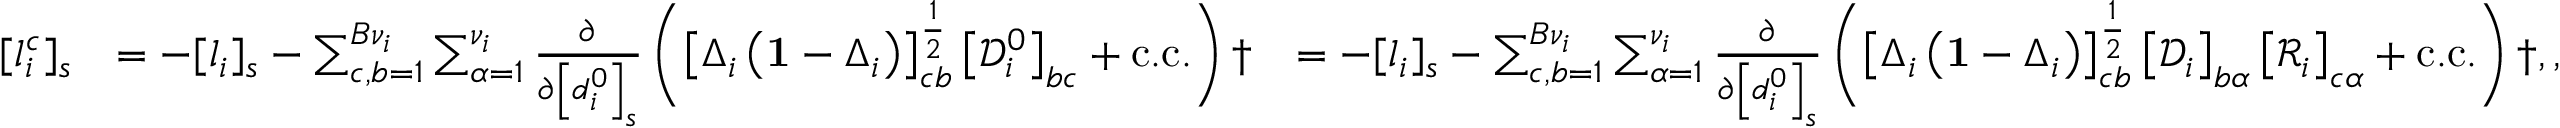
\begin{array} { r l r } { [ l _ { i } ^ { c } ] _ { s } } & { = - [ l _ { i } ] _ { s } - \sum _ { c , b = 1 } ^ { B { \nu } _ { i } } \sum _ { \alpha = 1 } ^ { \nu _ { i } } \frac { \partial } { \partial \left[ d _ { i } ^ { 0 } \right] _ { s } } \left( \left[ \Delta _ { i } \left( \mathbf { 1 } - \Delta _ { i } \right) \right] _ { c b } ^ { \frac { 1 } { 2 } } \left[ \mathcal { D } _ { i } ^ { 0 } \right] _ { b c } + \mathrm { c . c . } \right) \dag } & { = - [ l _ { i } ] _ { s } - \sum _ { c , b = 1 } ^ { B { \nu } _ { i } } \sum _ { \alpha = 1 } ^ { \nu _ { i } } \frac { \partial } { \partial \left[ d _ { i } ^ { 0 } \right] _ { s } } \left( \left[ \Delta _ { i } \left( \mathbf { 1 } - \Delta _ { i } \right) \right] _ { c b } ^ { \frac { 1 } { 2 } } \left[ \mathcal { D } _ { i } \right] _ { b \alpha } \left[ \mathcal { R } _ { i } \right] _ { c \alpha } + \mathrm { c . c . } \right) \dag , , } \end{array}